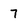
Character: 7